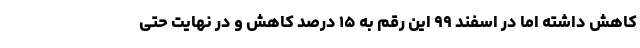
کاهش داشته اما در اسفند ۹۹ این رقم به ۱۵ درصد کاهش و در نهایت حتی